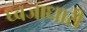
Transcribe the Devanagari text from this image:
ध्वजाधारी